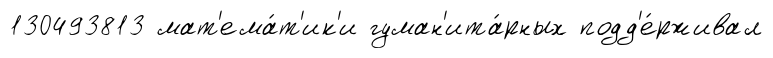
130493813 мат'ема́т'ик'и гуман'ита́рных подд'е́рживал